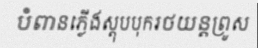
បំពានភ្លើងស្តុបបុករថយន្តព្រូស